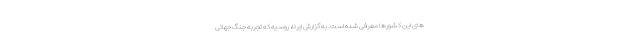
های این کشورها معرفی شده است. به گزارش ایرنا، روسیه که تجربه جنگ جهانی